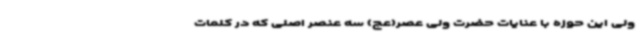
ولی این حوزه با عنایات حضرت ولی عصر(عج) سه عنصر اصلی که در کلمات